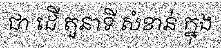
ជា ដើ តួនាទី សំខាន់ ក្នុង